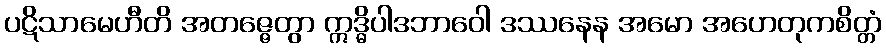
ပဋိသာမေဟီတိ အတဇ္ဇေတွာ ဣဒ္ဓိပါဒဘာဝေါ ဒဿနေန အမော အဟေတုကစိတ္တံ